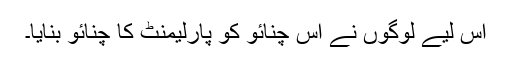
اس لیے لوگوں نے اس چنائو کو پارلیمنٹ کا چنائو بنایا۔